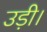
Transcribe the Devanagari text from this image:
उड़ी।